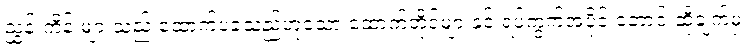
ညွှန်းကိန်းများသည် ထောက်ပံ့ခဲ့သည်ဟူသော ထောက်တိုင်များနှင့် ရပ်ကွက်အပိုင် တောင်းဆိုချက်မှ